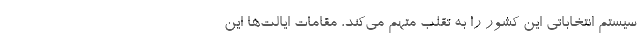
سیستم انتخاباتی این کشور را به تقلب متهم می‌کند، مقامات ایالت‌ها این